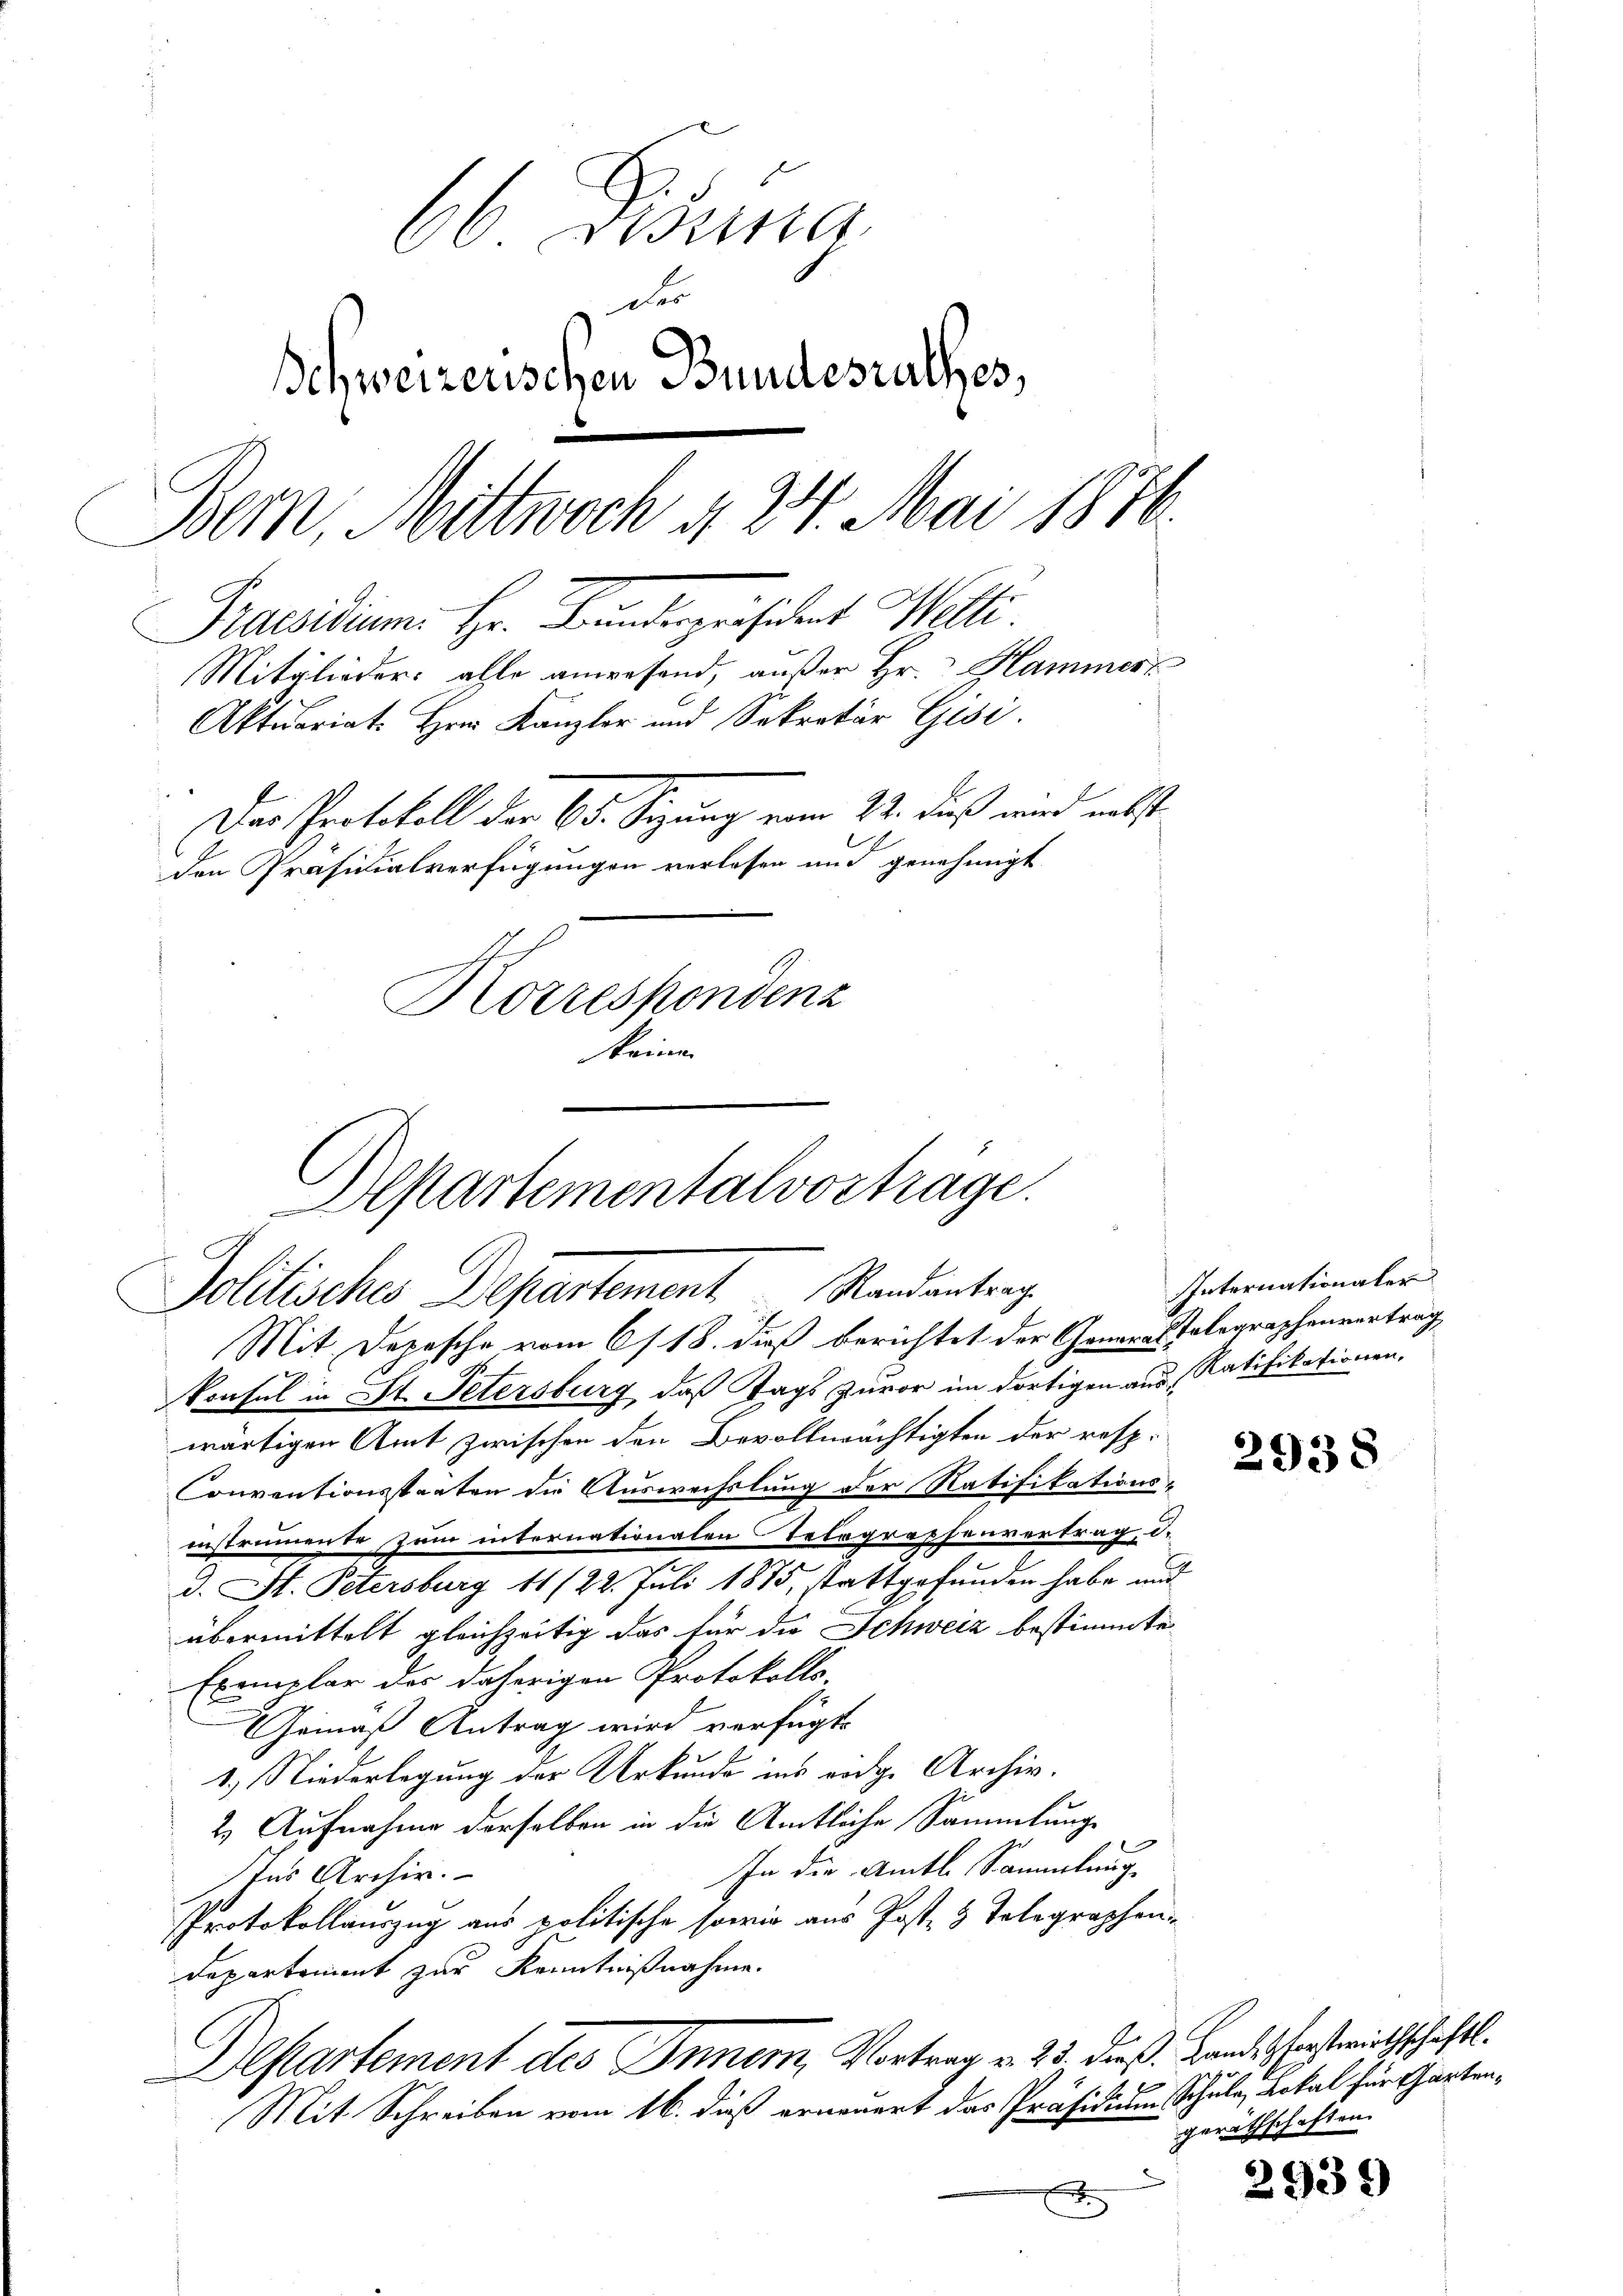
66 Disena
Der
Schweizerischen Bundesrathes,
Bern, Mittwoch § 24. Mai 1876.
Praesidium. Hr. Bunderpräsident Welti
Mitglieder: alle anwesend, außer Hr. Hammert
Aktuariat. Hrn. Kanzler und Sekretär Gisi.
Das Protokoll der 65. Sizung vom 22. daß und nebst
den Präsidialverfügungen verlassen und genehmigt
Korrespondenz
keinen

Departementalvorträge.
Politisches Departement Randentrag

Mit Depesche vom 6/18. dieß berichtet der Generaltalegraphenvertrag
konsul in St. Petersburg, daß Tags zuvor im dortigen aus Ratifikationen,
wärtigen Amt zwischen den Bevollmächtigten der resp.
Conventionsstaaten die Auswechslung der Ratifikationsinstrumente zum internationalen Telegraphenvertrag d.
d. St. Petersburg 11/22. Juli 1875, stattgefunden habe und
übermittelt gleichzeitig das für die Schweiz bestimmte
Exemplar des daherigen Protokolls-
Gemäß Antrag wird verfügt:
1.) Niederlegung der Urkunde ins eidge Archiv.
2) Aufnahme derselben in die Amtliche Sammlung
In die Amts Sammlung
Ins Archiv.
PProtokollauszug aus politische sowie aus Post 3 Telegraphen-
Departement zur Kenntnißnahme.
A.
Departement des Innern, Vortrag v. 25. dieß. Landesforstwirthschaftl
Mit Schreiben vom 16. dieß erneuert das Präsidium Schule, Lokal für Garten¬
A

Internationaler

2938

geräthschaften.

2939